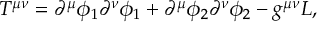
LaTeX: T ^ { \mu \nu } = \partial ^ { \mu } \phi _ { 1 } \partial ^ { \nu } \phi _ { 1 } + \partial ^ { \mu } \phi _ { 2 } \partial ^ { \nu } \phi _ { 2 } - g ^ { \mu \nu } { \cal L } ,